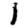
Digit: 1